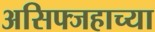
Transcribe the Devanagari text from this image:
असिफ्जहाच्या